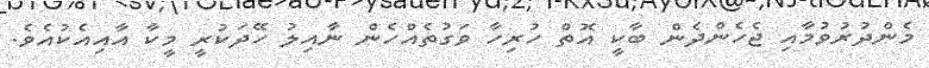
މެންދުރުވުމާއި ޖެހެންދެން ބާކީ އޮތް ހުރިހާ ވަގުތެއްހެން ނާއިލު ހޭދަކުރީ މީކާ އާއިއެކުއެވެ.